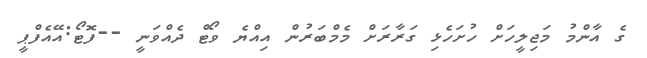
ގެ އާންމު މަޖިލީހަށް ހުށަހެޅި ގަރާރަށް މެމްބަރުން އިއްޔެ ވޯޓް ދެއްވަނީ --ފޮޓޯ:އޭއެފްޕީ